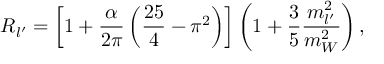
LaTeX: { \cal R } _ { l ^ { \prime } } = \left[ 1 + \frac { \alpha } { 2 \pi } \left( \frac { 2 5 } { 4 } - \pi ^ { 2 } \right) \right] \left( 1 + \frac { 3 } { 5 } \frac { m _ { l ^ { \prime } } ^ { 2 } } { m _ { W } ^ { 2 } } \right) ,